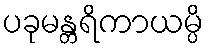
ပခုမန္တရိကာယမ္ပိ